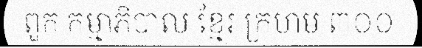
ពួក កម្មាភិបាល ខ្មែរ ក្រហម ៣០០